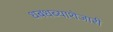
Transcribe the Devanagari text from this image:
धबधब्याशेजारी